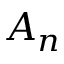
A _ { n }